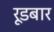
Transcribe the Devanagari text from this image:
रूडबार